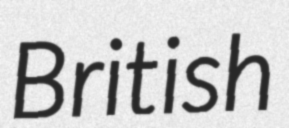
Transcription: British